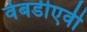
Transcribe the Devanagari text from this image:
वेबडीएवी